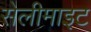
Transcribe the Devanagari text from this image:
सेलीमाइट